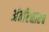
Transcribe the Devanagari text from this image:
अंतरिक्षातच